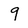
Character: 9